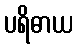
ပရိဓာယ